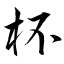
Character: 杯